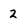
Character: 2